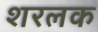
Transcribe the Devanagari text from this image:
शरलक